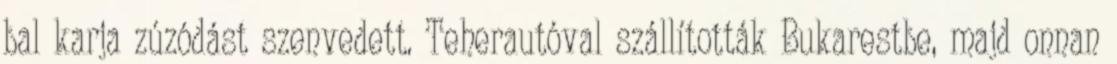
bal karja zúzódást szenvedett. Teherautóval szállították Bukarestbe, majd onnan